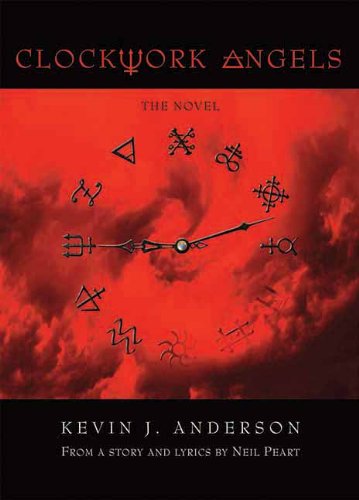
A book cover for Clockwork Angels; Kevin J. Anderson; Science Fiction & Fantasy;